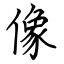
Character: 像